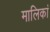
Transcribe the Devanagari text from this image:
मालिकां